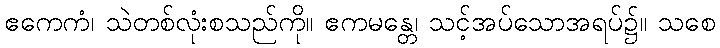
ဧကေကံ၊ သဲတစ်လုံးစသည်ကို။ ဧကမန္တေ၊ သင့်အပ်သောအရပ်၌။ သစေ